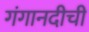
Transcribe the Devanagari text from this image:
गंगानदीची